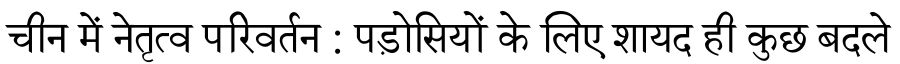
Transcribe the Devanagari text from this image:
चीन में नेतृत्व परिवर्तन : पड़ोसियों के लिए शायद ही कुछ बदले